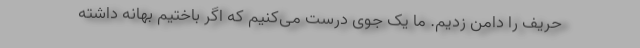
حریف را دامن زدیم. ما یک جوی درست می‌کنیم که اگر باختیم بهانه داشته